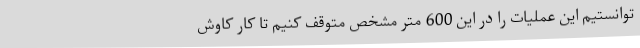
توانستیم این عملیات را در این 600 متر مشخص متوقف کنیم تا کار کاوش